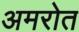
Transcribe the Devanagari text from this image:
अमरोत